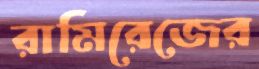
রামিরেজের